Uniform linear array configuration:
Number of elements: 16
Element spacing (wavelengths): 0.25
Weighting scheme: binomial
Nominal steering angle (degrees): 30
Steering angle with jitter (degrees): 31.816
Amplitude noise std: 0.05
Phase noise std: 0.05

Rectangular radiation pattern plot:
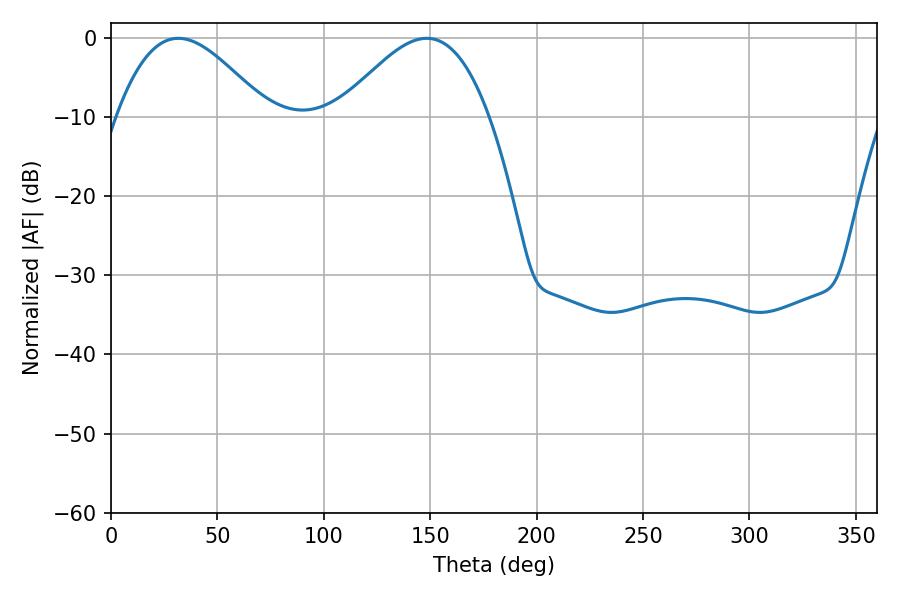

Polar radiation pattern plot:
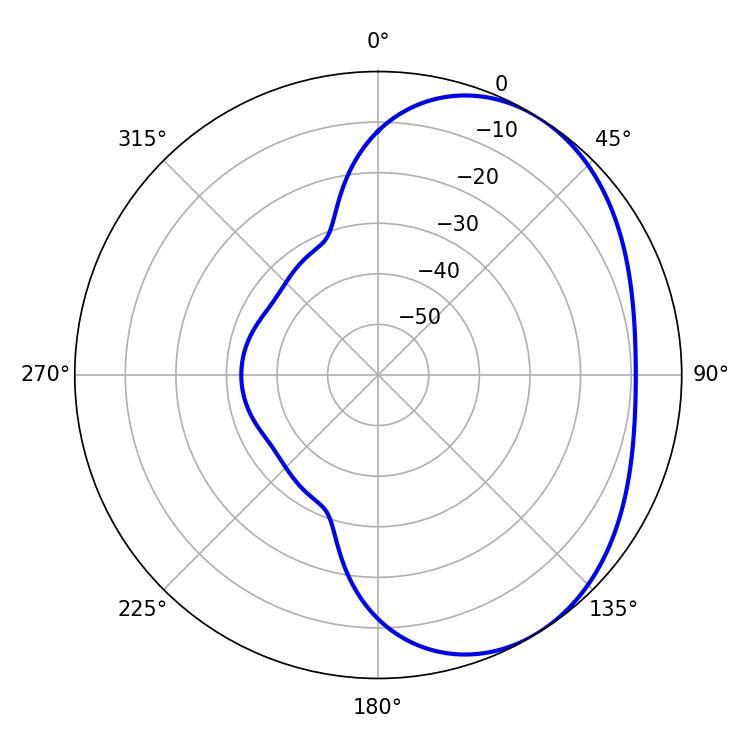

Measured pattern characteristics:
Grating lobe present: FALSE
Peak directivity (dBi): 3.62
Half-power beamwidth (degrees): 37.98
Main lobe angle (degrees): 31.68